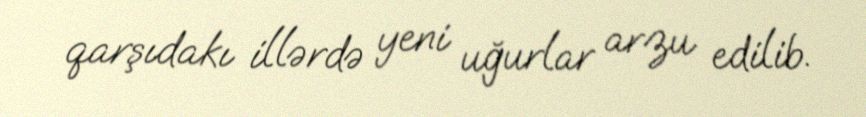
qarşıdakı illərdə yeni uğurlar arzu edilib.